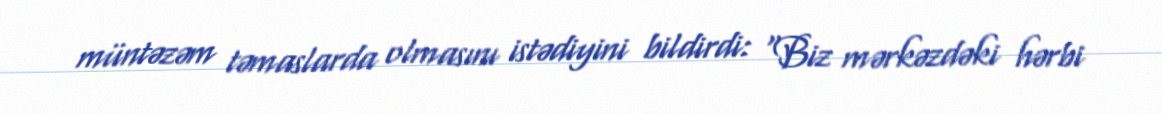
müntəzəm təmaslarda olmasını istədiyini bildirdi: “Biz mərkəzdəki hərbi